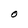
Character: O